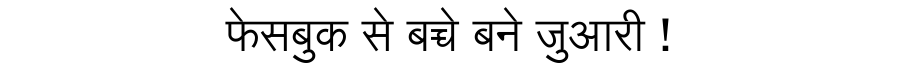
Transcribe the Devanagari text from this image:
फेसबुक से बच्चे बने जुआरी !